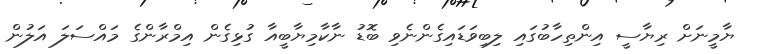
ޔާމީނަށް ރިޔާސީ އިންތިހާބުގައި ލިބިވަޑައިގެންނެވި ބޮޑު ނާކާމިޔާބީއާ ގުޅިގެން އިމްރާންގެ މައްސަލަ އަލުން